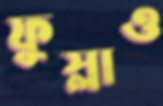
ফুস্‌লাও